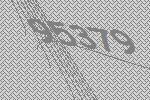
95379